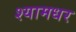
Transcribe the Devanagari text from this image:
श्यामधर